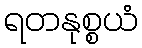
ရတနုစ္စယံ